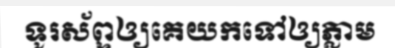
ទូរស័ព្ទឲ្យគេយកទៅឲ្យភ្លាម